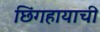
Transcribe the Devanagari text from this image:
छिंगहायाची